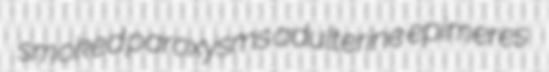
smoked paroxysms adulterine epimeres